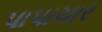
પાપાચાર